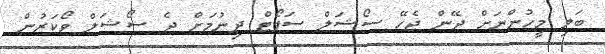
ބަލި މީހުންނަށް ދޭން ޖެހޭ ސޯޝަލް ސަޕޯޓް ދިނުމަށް ދެ ސޯޝަލް ވޯކަރުން